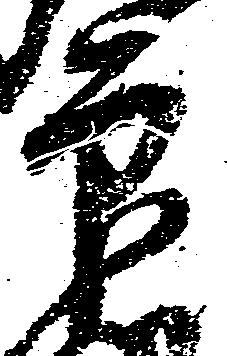
印